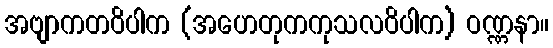
အဗျာကတဝိပါက (အဟေတုကကုသလဝိပါက) ဝဏ္ဏနာ။